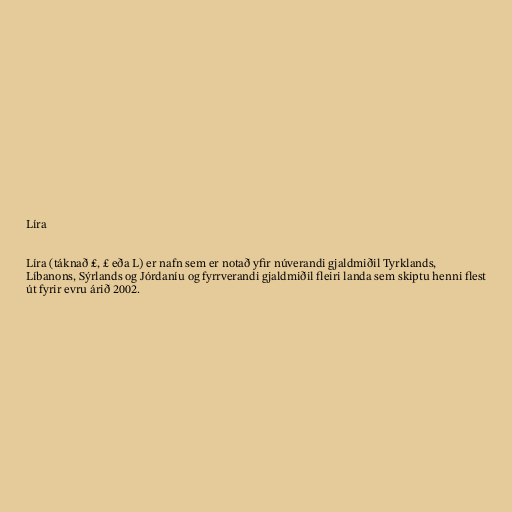
Líra

Líra (táknað ₤, £ eða L) er nafn sem er notað yfir núverandi gjaldmiðil Tyrklands,
Líbanons, Sýrlands og Jórdaníu og fyrrverandi gjaldmiðil fleiri landa sem skiptu henni flest
út fyrir evru árið 2002.